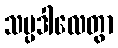
သမ္ပဒါလေတွာ